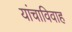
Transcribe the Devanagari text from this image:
यांचाविवाह